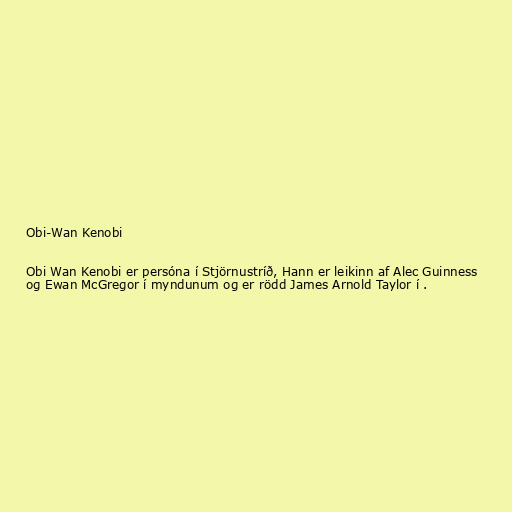
Obi-Wan Kenobi

Obi Wan Kenobi er persóna í Stjörnustríð, Hann er leikinn af Alec Guinness
og Ewan McGregor í myndunum og er rödd James Arnold Taylor í .